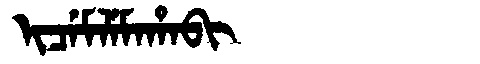
Manchu: ᡳᠴᡝᠮᠯᡝᠮᠠᡥᠠᠪᡳ
Romanization: ICEMLEMAHABI